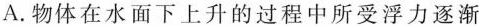
A.物体在水面下上升的过程中所受浮力逐渐